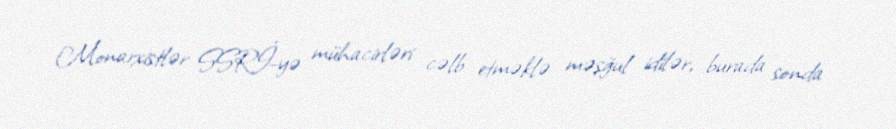
Monarxistlər SSRİ-yə mühacirləri cəlb etməklə məşğul idilər, burada sonda